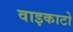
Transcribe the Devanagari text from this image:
वाइकाटो